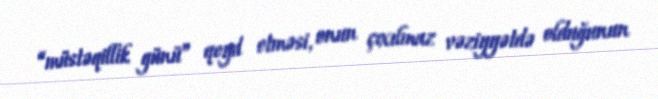
“müstəqillik günü” qeyd etməsi, onun çıxılmaz vəziyyətdə olduğunun